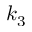
k _ { 3 }